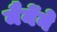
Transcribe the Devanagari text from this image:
मैनेंने